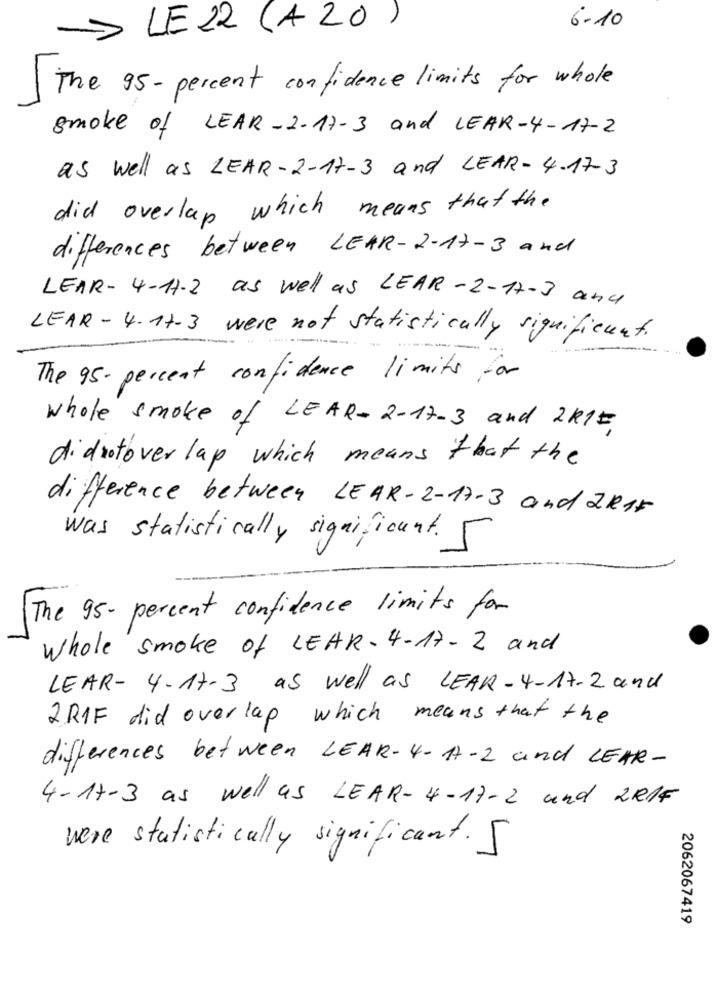
6-10
LE22 (A20)
The 95 - percent confidence limits for whole
smoke of LEAR-2-17-3 and LEAR-4-17-2
as well as LEAR-2-17-3 and LEAR-4-173
did overlap which means that the
differences between LEAR-2-17-3 and
LEAR- 4-11-2 as well as LEAR-2-17-3 and
LEAR-4.17.3 were not statistically significant.
-
--
The 95- percent confidence limits for
whole smoke of LEAR-2-17-3 and 2k15,
didnotover lap which means that the
difference between LEAR-2-17-3 and ZR15
was statistically significant.
The 95- percent confidence limits for
whole smoke of LEAR-4-17-2 and
LEAR- 4-17-3 as well as LEAR-4-17-2 and
2RIF did overlap which means that the
differences between LEAR-4- 17-2 and LEAR-
4-17-3 as well as LEAR- 4-17-2 und 2RIF
were statistically significant. 5
2062067419